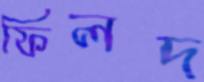
ফিলদ